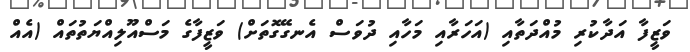
ވަޒީފާ އަދާކުރި މުއްދަތާއި (އަހަރާއި މަހާއި ދުވަސް އެނގޭގޮތަށް) ވަޒީފާގެ މަސްއޫލިއްޔަތުތައް (އެއް